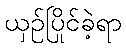
ယှဉ်ပြိုင်ခဲ့ရာ